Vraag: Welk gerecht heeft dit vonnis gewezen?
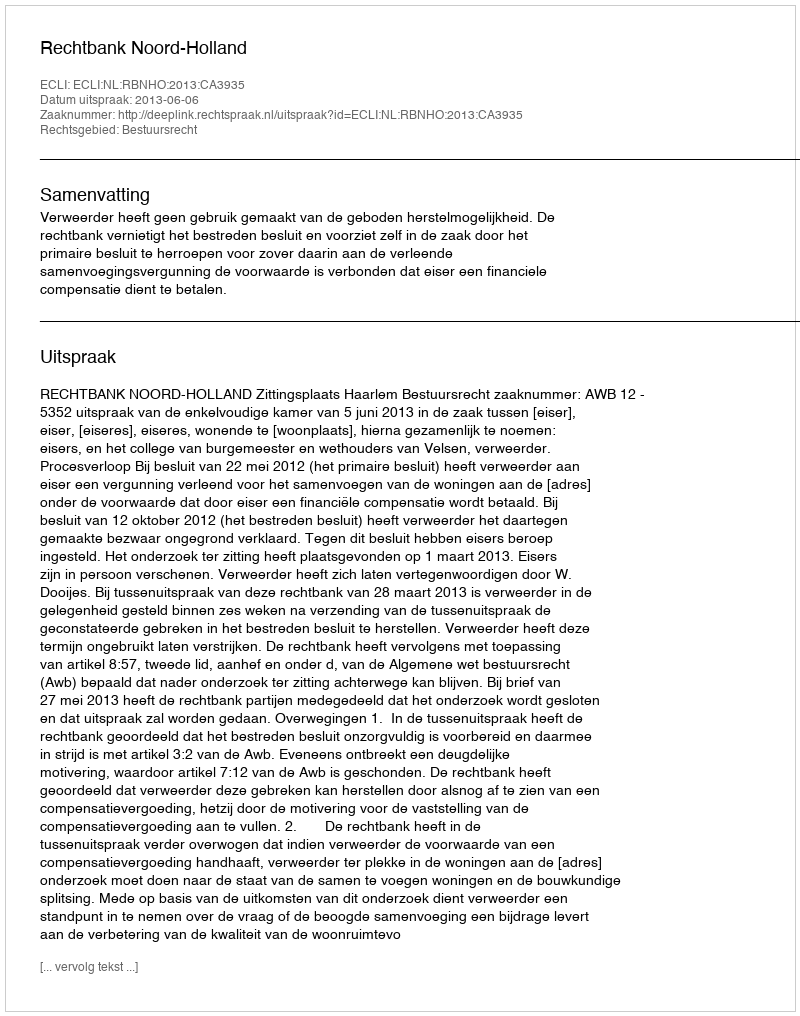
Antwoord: Rechtbank Noord-Holland